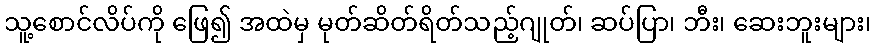
သူ့စောင်လိပ်ကို ဖြေ၍ အထဲမှ မုတ်ဆိတ်ရိတ်သည့်ဂျုတ်၊ ဆပ်ပြာ၊ ဘီး၊ ဆေးဘူးများ၊